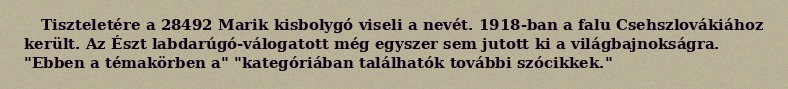
Tiszteletére a 28492 Marik kisbolygó viseli a nevét. 1918-ban a falu Csehszlovákiához került. Az Észt labdarúgó-válogatott még egyszer sem jutott ki a világbajnokságra. "Ebben a témakörben a" "kategóriában találhatók további szócikkek."